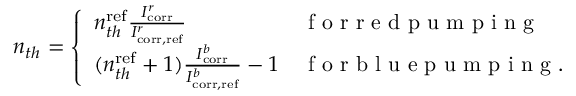
\begin{array} { r } { n _ { t h } = \left\{ \begin{array} { l l } { n _ { t h } ^ { \mathrm { r e f } } \frac { I _ { \mathrm { c o r r } } ^ { r } } { I _ { \mathrm { c o r r , r e f } } ^ { r } } } & { \mathrm { ~ f ~ o ~ r ~ r ~ e ~ d ~ p ~ u ~ m ~ p ~ i ~ n ~ g ~ } } \\ { ( n _ { t h } ^ { \mathrm { r e f } } + 1 ) \frac { I _ { \mathrm { c o r r } } ^ { b } } { I _ { \mathrm { c o r r , r e f } } ^ { b } } - 1 } & { \mathrm { ~ f ~ o ~ r ~ b ~ l ~ u ~ e ~ p ~ u ~ m ~ p ~ i ~ n ~ g ~ . ~ } } \end{array} \right. } \end{array}